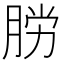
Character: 𫆟